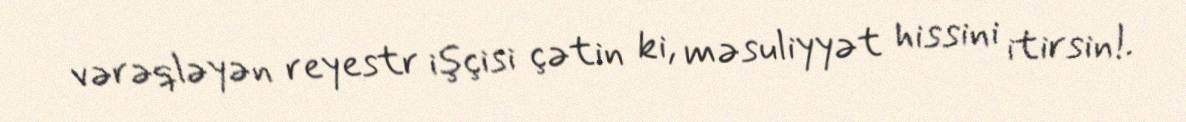
vərəqləyən reyestr işçisi çətin ki, məsuliyyət hissini itirsin!.